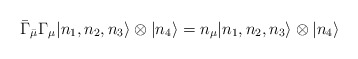
\begin{align*}\bar{\Gamma}_{\bar\mu}\Gamma_{\mu}|n_1,n_2,n_3\rangle \otimes |n_4\rangle=n_\mu|n_1,n_2,n_3\rangle \otimes |n_4 \rangle \end{align*}